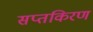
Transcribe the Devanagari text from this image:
सप्तकिरण